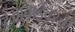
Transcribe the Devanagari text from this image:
रमाबाईंवरचा